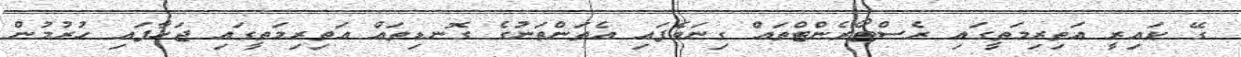
ގޭ ކައިރީ އަތިރިމަތީގައި ރެސްޓޯރެންޓްތައް ގިނަވެފައި އެތަންތަނުގެ ގޮނޑިތައް އަތިރިމަތީގައި ޖަހާފައި ހުރުމުން